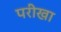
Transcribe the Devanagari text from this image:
परीखा